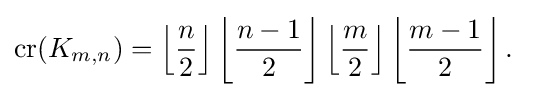
{\text{cr}}(K_{m,n})=\left\lfloor {\frac {n}{2}}\right\rfloor \left\lfloor {\frac {n-1}{2}}\right\rfloor \left\lfloor {\frac {m}{2}}\right\rfloor \left\lfloor {\frac {m-1}{2}}\right\rfloor .\